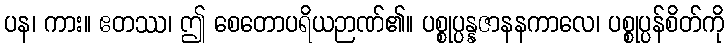
ပန၊ ကား။ ဧတဿ၊ ဤ စေတောပရိယဉာဏ်၏။ ပစ္စုပ္ပန္နဇာနနကာလေ၊ ပစ္စုပ္ပန်စိတ်ကို